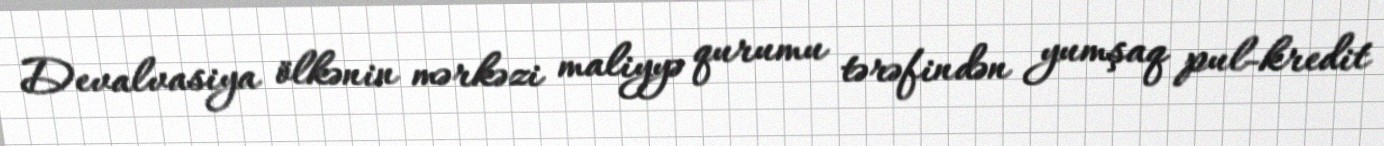
Devalvasiya ölkənin mərkəzi maliyyə qurumu tərəfindən yumşaq pul-kredit